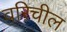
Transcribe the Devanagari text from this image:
वरिचील